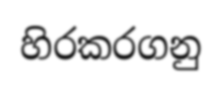
හිරකරගනු